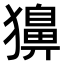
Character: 𤢳